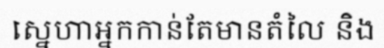
ស្នេហាអ្នកកាន់តែមានតំលៃ និង